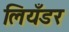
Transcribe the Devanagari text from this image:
लियँडर